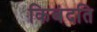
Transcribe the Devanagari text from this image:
किबंदति